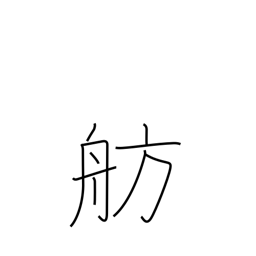
Meaning: berth